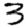
Digit: 3